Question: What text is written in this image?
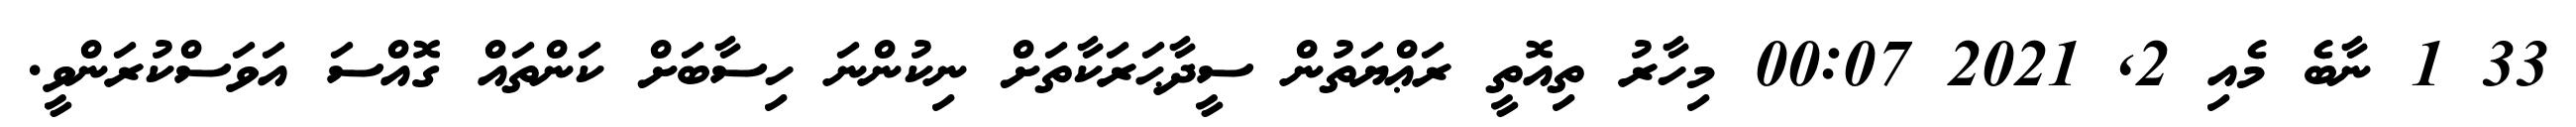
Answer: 33 1 ނާބެ މެއި 2, 2021 00:07 މިހާރު ތިއޮތީ ރަޢްޔަތުން ސީދާޙަރަކާތަށް ނިކުންނަ ހިސާބަށް ކަންތައް ގޮއްސަ އަވަސްކުރަންވީ.